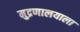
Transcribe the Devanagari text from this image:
मुद्रणालयाला